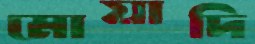
মোয়াদি